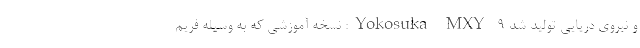
و نیروی دریایی تولید شد Yokosuka MXY-9: نسخه آموزشی که به وسیله فریم